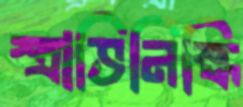
স্ত্রাভিনিস্কি